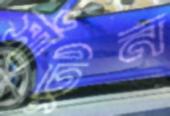
সাঁটুন